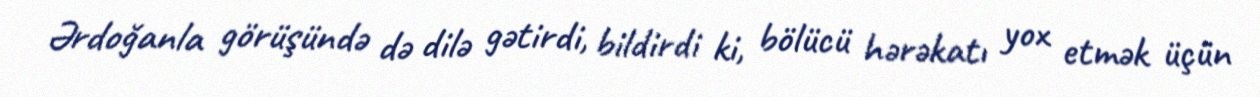
Ərdoğanla görüşündə də dilə gətirdi, bildirdi ki, bölücü hərəkatı yox etmək üçün